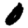
Digit: 0